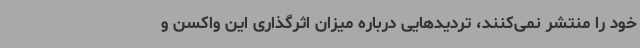
خود را منتشر نمی‌کنند، تردیدهایی درباره میزان اثرگذاری این واکسن و